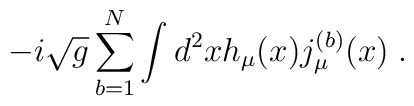
-i\sqrt{g} \sum_{b=1}^N \int d^2x h_\mu(x) j^{(b)}_\mu(x) \; .